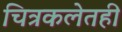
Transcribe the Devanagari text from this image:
चित्रकलेतही